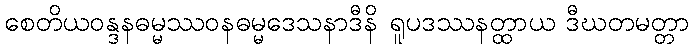
စေတိယဝန္ဒနဓမ္မဿဝနဓမ္မဒေသနာဒီနိ ရူပဒဿနတ္ထာယ ဒီဃတမတ္တာ